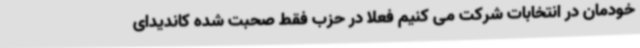
خودمان در انتخابات شرکت می کنیم فعلا در حزب فقط صحبت شده کاندیدای